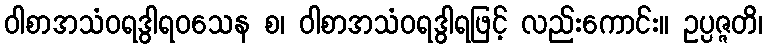
ဝါစာအသံဝရဒွါရဝသေန စ၊ ဝါစာအသံဝရဒွါရဖြင့် လည်းကောင်း။ ဥပ္ပဇ္ဇတိ၊